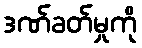
ဒဏ်ခတ်မှုကို